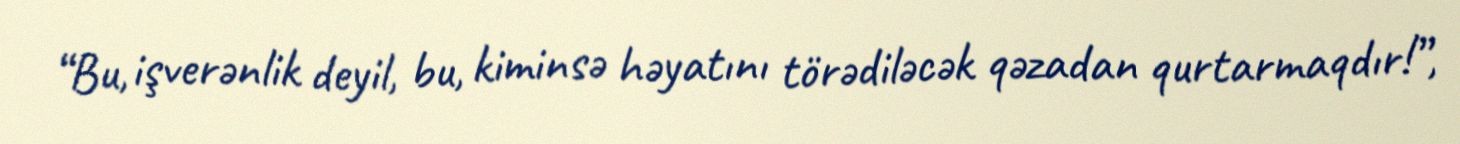
“Bu, işverənlik deyil, bu, kiminsə həyatını törədiləcək qəzadan qurtarmaqdır!”,